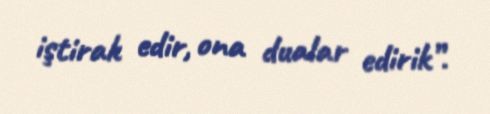
iştirak edir, ona dualar edirik”.